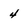
Character: 4